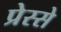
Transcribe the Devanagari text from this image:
प्रेस्से